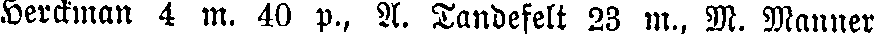
Lerckman 4 m, 40 p., A. Tandefelt 23 m., M. Manner